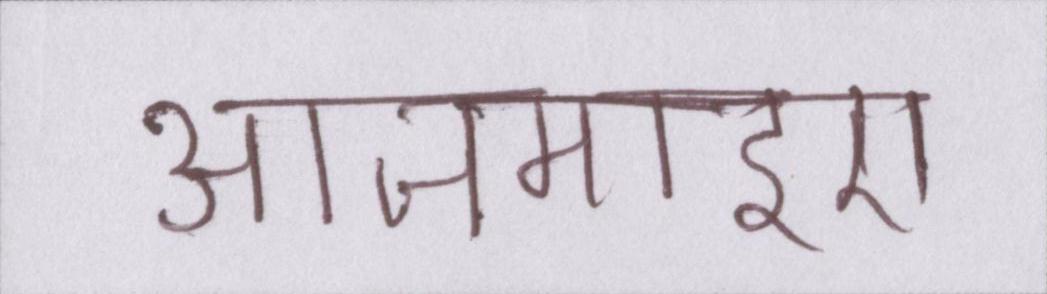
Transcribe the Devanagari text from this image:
आजमाइए